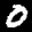
Label: 0